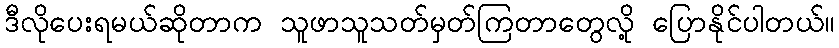
ဒီလိုပေးရမယ်ဆိုတာက သူဖာသူသတ်မှတ်ကြတာတွေလို့ ပြောနိုင်ပါတယ်။